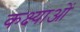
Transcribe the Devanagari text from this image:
कक्ष्याओं